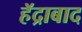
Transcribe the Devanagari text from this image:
हॅद्राबाद